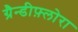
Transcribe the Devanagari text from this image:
ग्रैन्डीफ़्लोरा